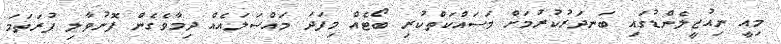
މިއީ ނިއުޒީލެންޑުގައި ބަނދަރުކުރުމަށް މަސައްކަތްކުރި ބޯޓެއް މިފަދަ މައްސަލައެއް ދިމާވެގެން ފޮނުވާލި ފުރަތަމަ